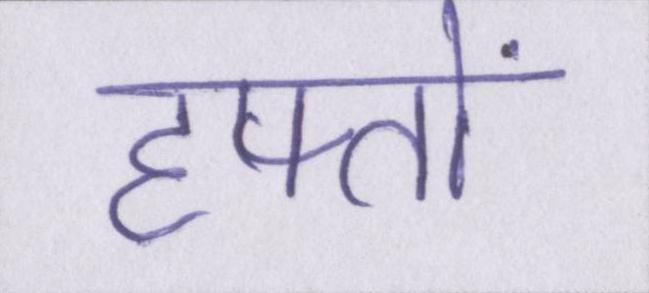
हफ्तों